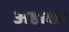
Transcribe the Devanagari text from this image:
अष्ठाक्षर